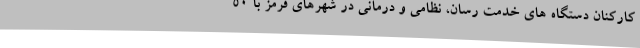
کارکنان دستگاه های خدمت رسان، نظامی و درمانی در شهرهای قرمز با 50